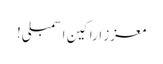
معزز اراکین اسمبلی!